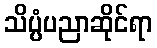
သိပ္ပံပညာဆိုင်ရာ